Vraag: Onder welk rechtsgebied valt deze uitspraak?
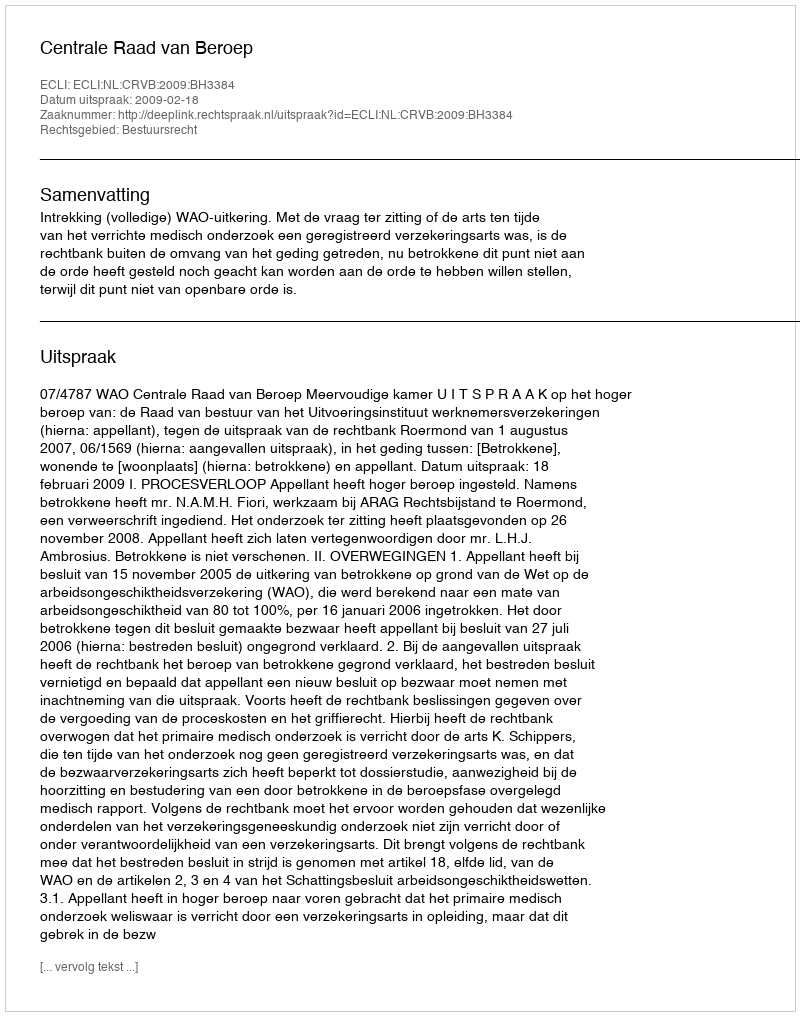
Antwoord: Bestuursrecht